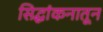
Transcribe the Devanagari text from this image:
सिद्धांकनातून